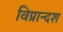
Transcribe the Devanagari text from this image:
विप्रान्दश